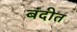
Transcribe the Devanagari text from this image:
बंदीत